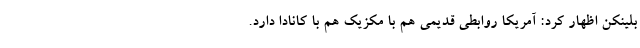
بلینکن اظهار کرد: آمریکا روابطی قدیمی هم با مکزیک هم با کانادا دارد.